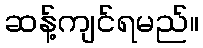
ဆန့်ကျင်ရမည်။